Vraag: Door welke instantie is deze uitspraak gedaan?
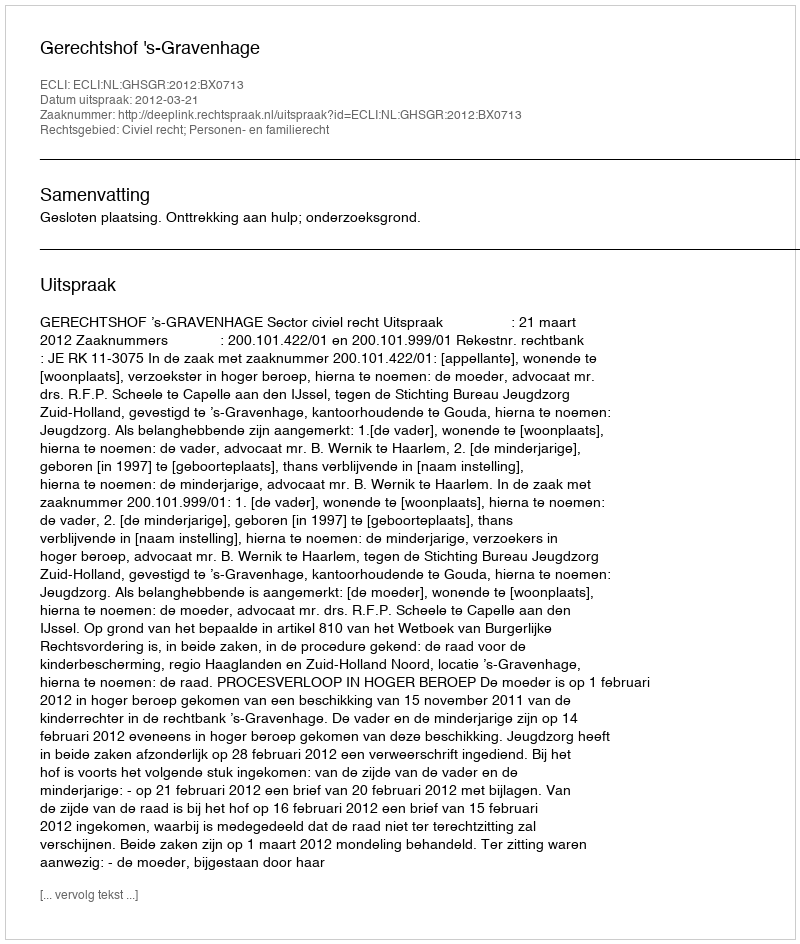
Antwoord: Gerechtshof 's-Gravenhage